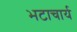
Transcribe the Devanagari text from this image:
भटाचार्य